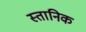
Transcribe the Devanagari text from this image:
स्तानिक